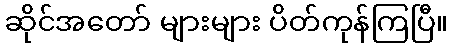
ဆိုင်အတော် များများ ပိတ်ကုန်ကြပြီ။